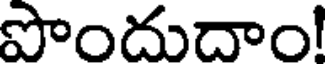
పొందుదాం!